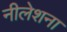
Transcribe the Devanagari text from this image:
नीलेशना